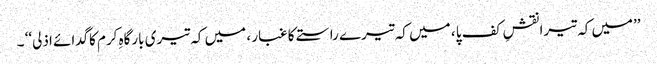
’’میں کہ تیرا نقشِ کف پا ، میں کہ تیرے راستے کا غبار ، میں کہ تیری بارگاہِ کرم کاگدائے اذلی‘‘ ۔